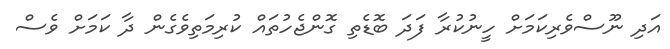
އަދި ނޫސްވެރިކަމަށް ހީނުކުރާ ފަދަ ބޮޑެތި ގޮންޖެހުތައް ކުރިމަތިވެގެން ދާ ކަމަށް ވެސް